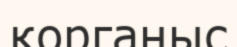
қорганыс